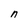
Character: n